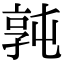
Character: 㝄